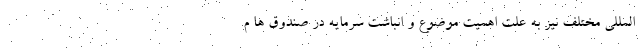
المللی مختلف نیز به علت اهمیت موضوع و انباشت سرمایه در صندوق ها م